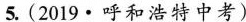
5.(2019·呼和浩特中考)